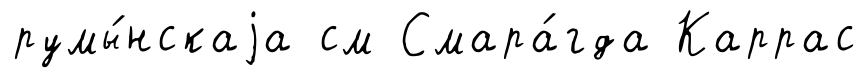
румы́нскаjа см Смара́гда Каррас